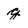
Character: g